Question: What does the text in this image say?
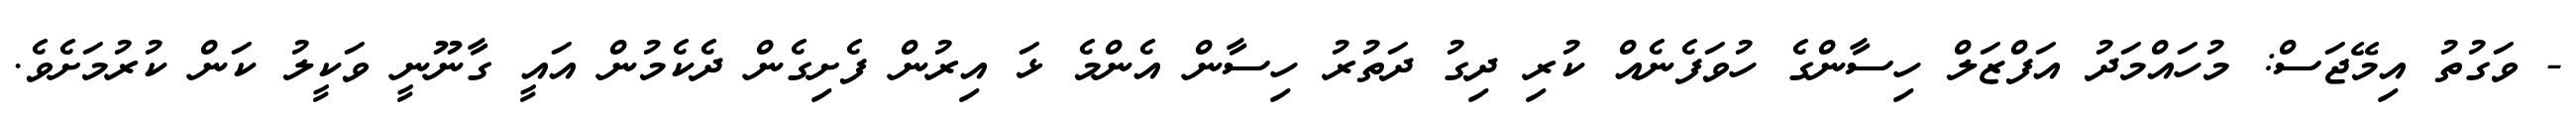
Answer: - ވަގުތު އިމޭޖަސް: މުހައްމަދު އަފްޒަލް ހިސާންގެ ހުވަފެނެއް ކުރި ދިގު ދަތުރު ހިސާން އެންމެ ޅަ އިރުން ފެށިގެން ދެކެމުން އައީ ގާނޫނީ ވަކީލު ކަން ކުރުމަށެވެ.